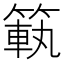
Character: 𥰳